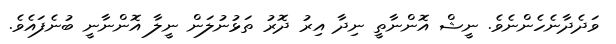
ވަދެދާނެހެންނެވެ. ނީޝް އޮންނާތީ ނިދާ އިރު ދޮރު ތަޅުނުލަން ނީލާ އޮންނާނީ ބުނެފައެވެ.